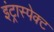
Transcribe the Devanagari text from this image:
इंट्रास्पेक्ट